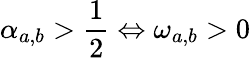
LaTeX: \alpha_{a,b}>\frac{1}{2}\Leftrightarrow\omega_{a,b}>0